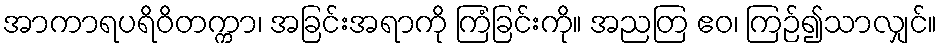
အာကာရပရိဝိတက္ကာ၊ အခြင်းအရာကို ကြံခြင်းကို။ အညတြ ဧဝ၊ ကြဉ်၍သာလျှင်။